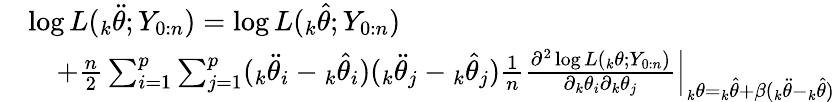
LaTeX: \begin{array}{rl}&{\log L({_k\ddot{\theta}};Y_{0:n})=\log L({_k\hat{\theta}};Y_{0:n})}\\ &{\quad+\frac{n}{2}\sum_{i=1}^{p}\sum_{j=1}^{p}({_k\ddot{\theta}_{i}}-{_k\hat{\theta}_{i}})({_k\ddot{\theta}_{j}}-{_k\hat{\theta}_{j}})\frac{1}{n}\frac{\partial^{2}\log L({_k\theta};Y_{0:n})}{\partial{_k\theta_{i}}\partial{_k\theta_{j}}}{\Big|}_{{_k\theta}={_k\hat{\theta}}+\beta({_k\ddot{\theta}}-{_k\hat{\theta}})}}\end{array}